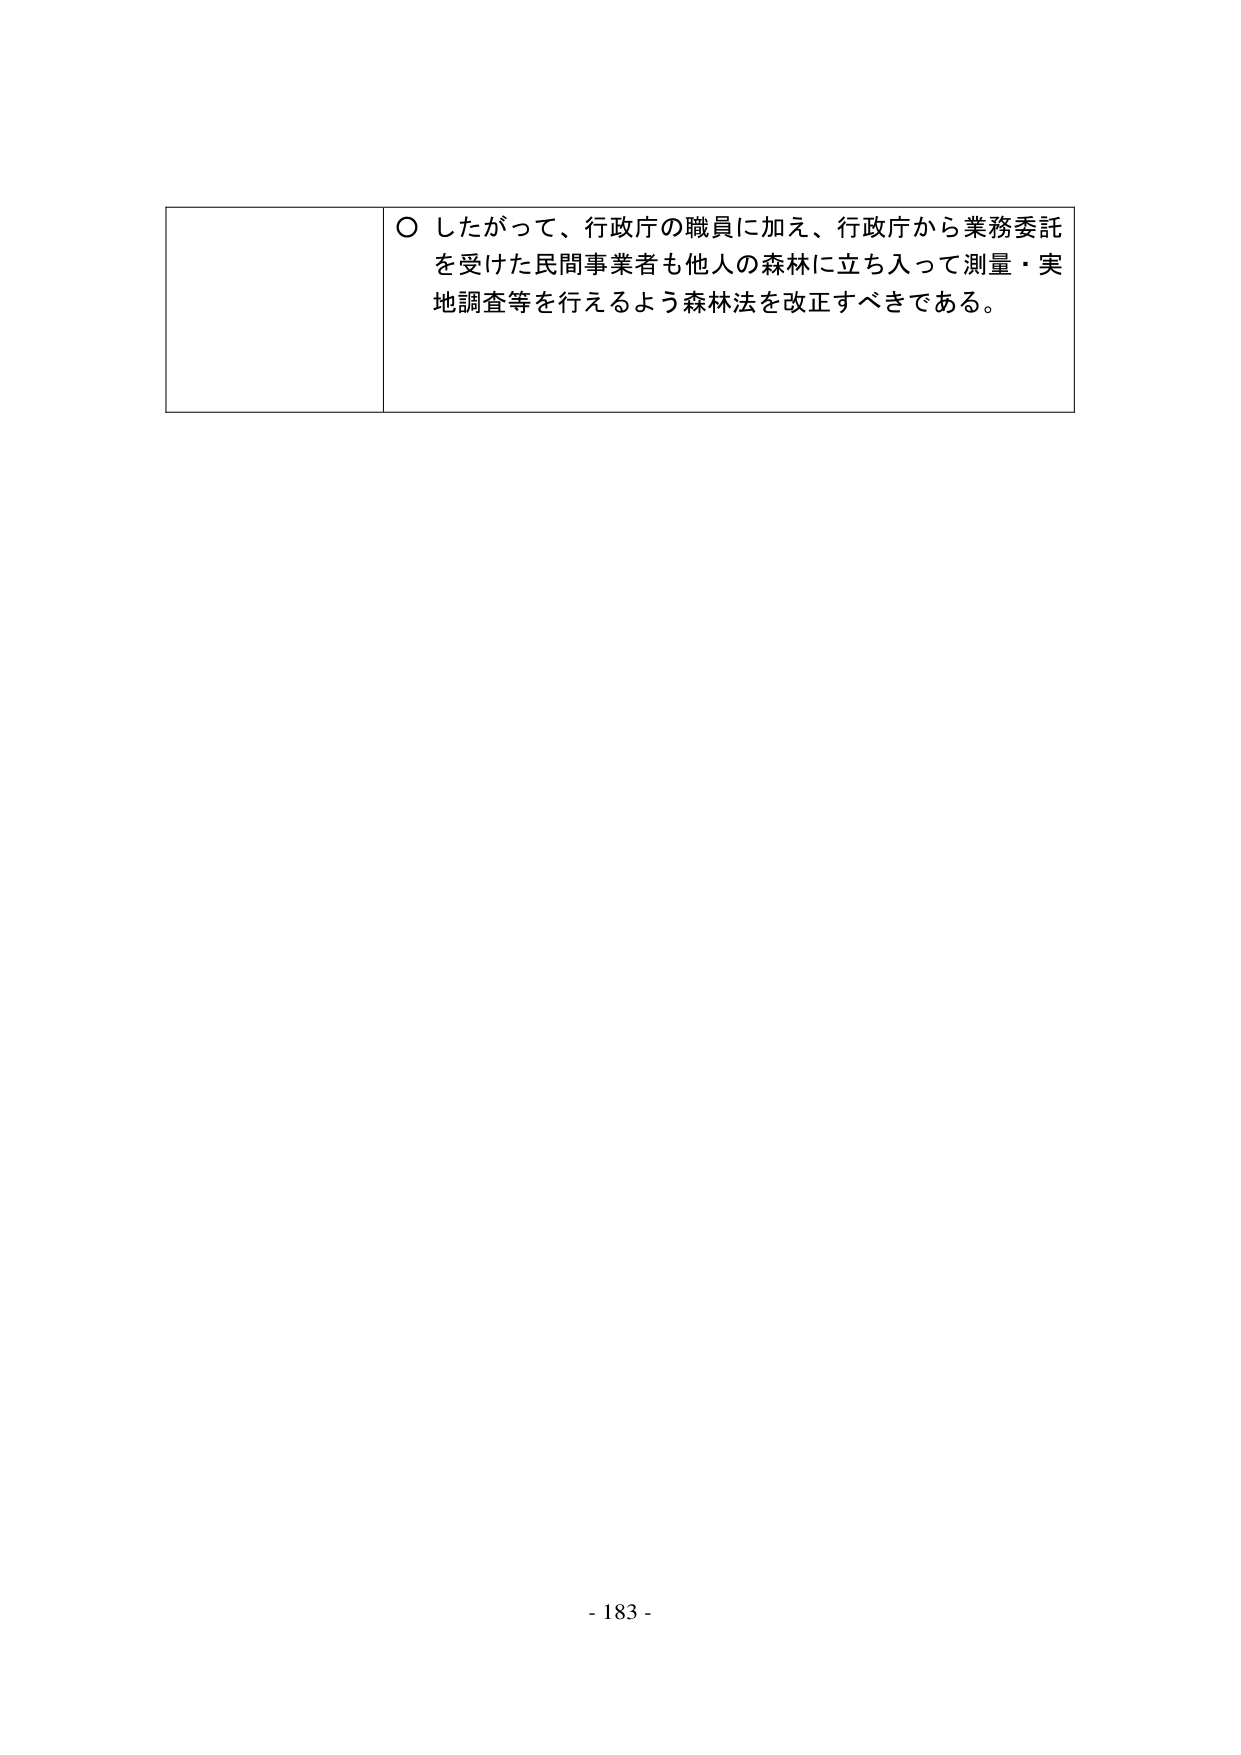
〇 したがって、行政庁の職員に加え、行政庁から業務委託を受けた民間事業者も他人の森林に立ち入って測量・実地調査等を行えるよう森林法を改正すべきである。

- 183 -